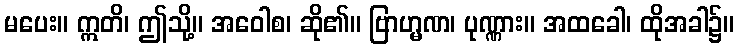
မပေး။ ဣတိ၊ ဤသို့။ အဝေါစ၊ ဆို၏။ ဗြာဟ္မဏ၊ ပုဏ္ဏား။ အထခေါ၊ ထိုအခါ၌။